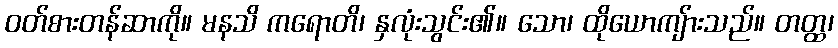
ဝတ်စားတန်ဆာကို။ မနသိ ကရောတိ၊ နှလုံးသွင်း၏။ သော၊ ထိုယောကျ်ားသည်။ တတ္ထ၊